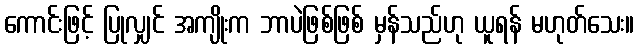
ကောင်းဖြင့် ပြုလျှင် အကျိုးက ဘာပဲဖြစ်ဖြစ် မှန်သည်ဟု ယူရန် မဟုတ်သေး။